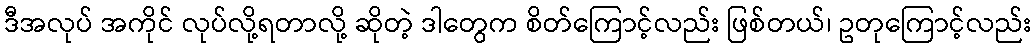
ဒီအလုပ် အကိုင် လုပ်လို့ရတာလို့ ဆိုတဲ့ ဒါတွေက စိတ်ကြောင့်လည်း ဖြစ်တယ်၊ ဥတုကြောင့်လည်း